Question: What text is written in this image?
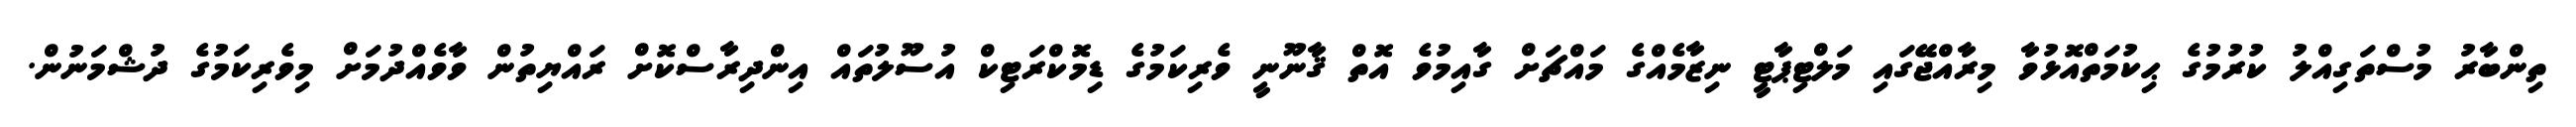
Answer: ތިންބާރު މުސްތަގިއްލު ކުރުމުގެ ޙިކުމަތްއޮޅުވާ މިރާއްޖޭގައި މަލްޓިޕާޓީ ނިޒާމެއްގެ މައްޗަށް ގާއިމުވެ އޮތް ޤާނޫނީ ވެރިކަމުގެ ޑިމޮކްރަޓިކް އުސޫލުތައް އިންދިރާސްކޮށް ރައްޔިތުން ވާވެއްދުމަށް މިވެރިކަމުގެ ދުޝްމަނުން.